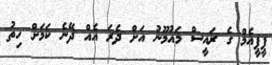
ޕީޕީއެމް ގެ ރައީސް މައުމޫނު އަށް ދެރަ އެއް ދޭނެ ކަމަށް ހިތު